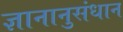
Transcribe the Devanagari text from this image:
ज्ञानानुसंधान